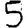
Digit: 5